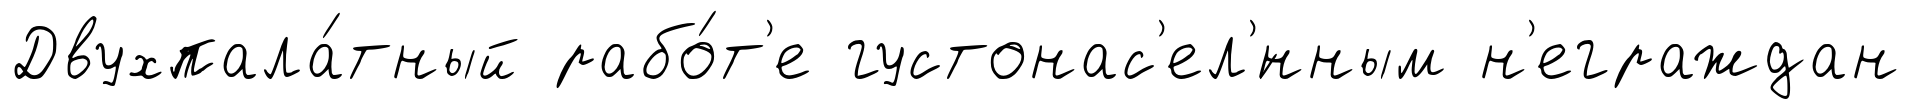
Двухпала́тный рабо́т'е густонас'ел'́нным н'еграждан